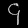
Digit: ၄